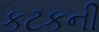
કટકની